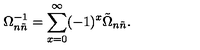
\Omega _ { n \tilde { n } } ^ { - 1 } = \sum _ { x = 0 } ^ { \infty } ( - 1 ) ^ { x } \tilde { \Omega } _ { n \tilde { n } } .